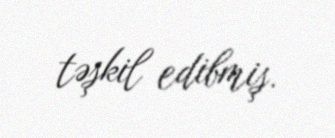
təşkil edibmiş.